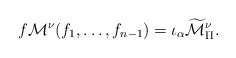
\begin{align*} f \mathcal{M}^\nu(f_1,\ldots,f_{n-1})= \iota_\alpha \widetilde{\mathcal{M}}_\Pi^\nu.\end{align*}